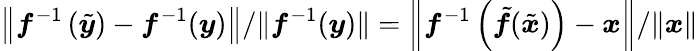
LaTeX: \left\Vert\boldsymbol{f}^{-1}\left(\tilde{\boldsymbol{y}}\right)-\boldsymbol{f}^{-1}(\boldsymbol{y})\right\Vert/\Vert\boldsymbol{f}^{-1}(\boldsymbol{y})\Vert=\left\Vert\boldsymbol{f}^{-1}\left(\tilde{\boldsymbol{f}}(\tilde{\boldsymbol{x}})\right)-\boldsymbol{x}\right\Vert/\Vert\boldsymbol{x}\Vert